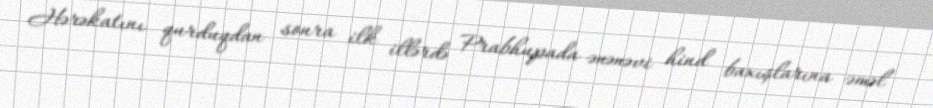
Hərəkatını qurduqdan sonra ilk illərdə Prabhupada ənənəvi hind baxışlarına əməl